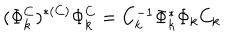
LaTeX: ( \Phi _ { k } ^ { C } ) ^ { * ( C ) } \Phi _ { k } ^ { C } = C _ { k } ^ { - 1 } \Phi _ { k } ^ { * } \Phi _ { k } C _ { k }